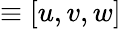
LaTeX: \equiv[u,v,w]